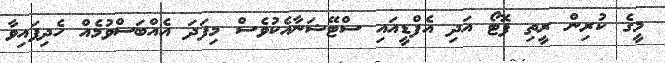
މީގެ ކުރިން ރީތި ފޮޓޯ އަދި އެފްޑީއައި ސްޓޭޝަނާއެކުވެސް މިފަދަ އެއްބަސްވުމެއް ހެދިފައިވާ